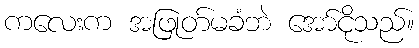
ကလေးက အဖြုတ်မခံဘဲ အော်ငိုသည်။